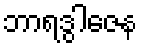
ဘာရဒွါဇေန